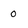
Character: 0